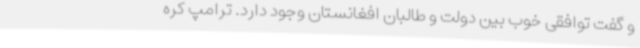
و گفت توافقی خوب بین دولت و طالبان افغانستان وجود دارد. ترامپ کره